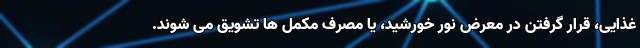
غذایی، قرار گرفتن در معرض نور خورشید، یا مصرف مکمل ها تشویق می شوند.